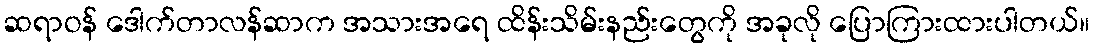
ဆရာဝန် ဒေါက်တာလန်ဆာက အသားအရေ ထိန်းသိမ်းနည်းတွေကို အခုလို ပြောကြားထားပါတယ်။